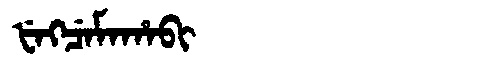
Manchu: ᡶᡝᡴᠴᡝᠮᠠᡥᠠᠪᡳ
Romanization: FEKCEMAHABI